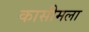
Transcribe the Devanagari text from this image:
कासीमला